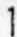
1